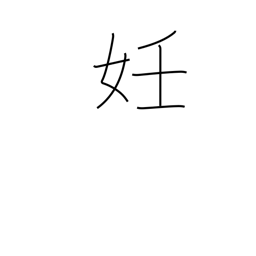
Meaning: pregnancy